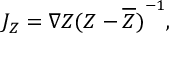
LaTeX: { \cal J } _ { Z } = \nabla Z { ( Z - \overline { { { Z } } } ) } ^ { - 1 } ,